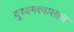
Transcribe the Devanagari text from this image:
दुय्यमत्वालाच